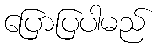
ပြောပြပါမည်